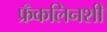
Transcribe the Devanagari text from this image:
फ्रँकलिनशी